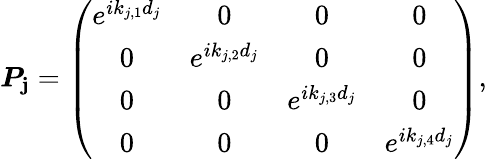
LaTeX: \boldsymbol{P_{\mathbf{j}}}=\left(\begin{array}{cccc}{e^{ik_{j,1}d_{j}}}&{0}&{0}&{0}\\ {0}&{e^{ik_{j,2}d_{j}}}&{0}&{0}\\ {0}&{0}&{e^{ik_{j,3}d_{j}}}&{0}\\ {0}&{0}&{0}&{e^{ik_{j,4}d_{j}}}\end{array}\right),